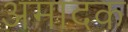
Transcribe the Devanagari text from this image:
अमादक